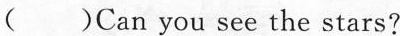
( )Can you see the stars?